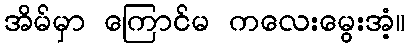
အိမ်မှာ ကြောင်မ ကလေးမွေးအံ့။